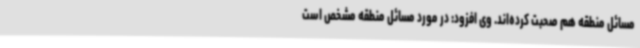
مسائل منطقه هم صحبت کرده‌اند. وی افزود: در مورد مسائل منطقه مشخص است